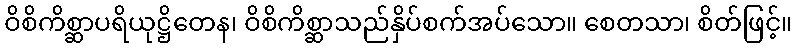
ဝိစိကိစ္ဆာပရိယုဋ္ဌိတေန၊ ဝိစိကိစ္ဆာသည်နှိပ်စက်အပ်သော။ စေတသာ၊ စိတ်ဖြင့်။